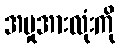
အမှုအားလုံးကို